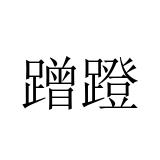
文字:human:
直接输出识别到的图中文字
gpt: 蹭蹬